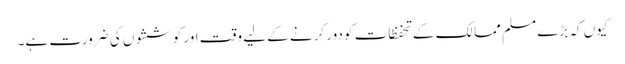
کیوں کہ بڑے مسلم ممالک کے تحفظات کو دور کرنے کے لیے وقت اور کوششوں کی ضرورت ہے۔